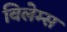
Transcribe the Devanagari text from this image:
विलेम्स